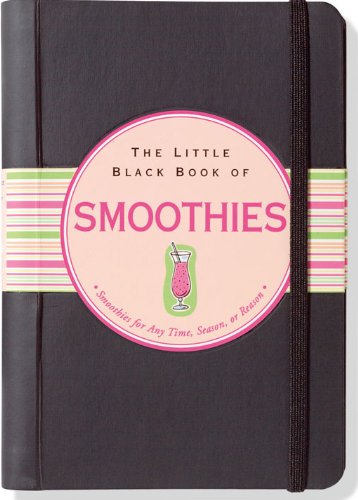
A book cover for The Little Black Book of Smoothies (Little Black Books); Ruth Cullen; Cookbooks, Food & Wine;